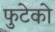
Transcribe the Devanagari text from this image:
फुटेको